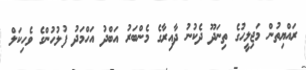
ރައްޔިތުން މަޖިލީހުގެ ތިނަދޫ ދެކުނު ދާއިރާގެ މެންބަރު އަބްދު އަހްމަދު ފުލުހުންގެ ވެހިކަލް